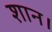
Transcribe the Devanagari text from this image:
शान।